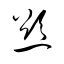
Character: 慾